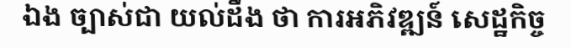
ឯង ច្បាស់ជា យល់ដឹង ថា ការអភិវឌ្ឍន៍ សេដ្ឋកិច្ច